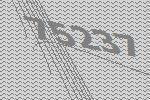
75237